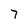
Character: 7